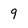
Character: 9